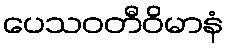
ပေသဝတီဝိမာနံ